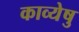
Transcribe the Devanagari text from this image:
काव्येषु